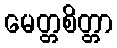
မေတ္တစိတ္တာ